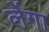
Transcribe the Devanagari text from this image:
लेंगा